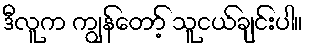
ဒီလူက ကျွန်တော့် သူငယ်ချင်းပါ။